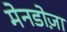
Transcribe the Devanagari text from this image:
मेनडोज़ा